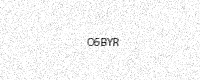
Text: O5BYR